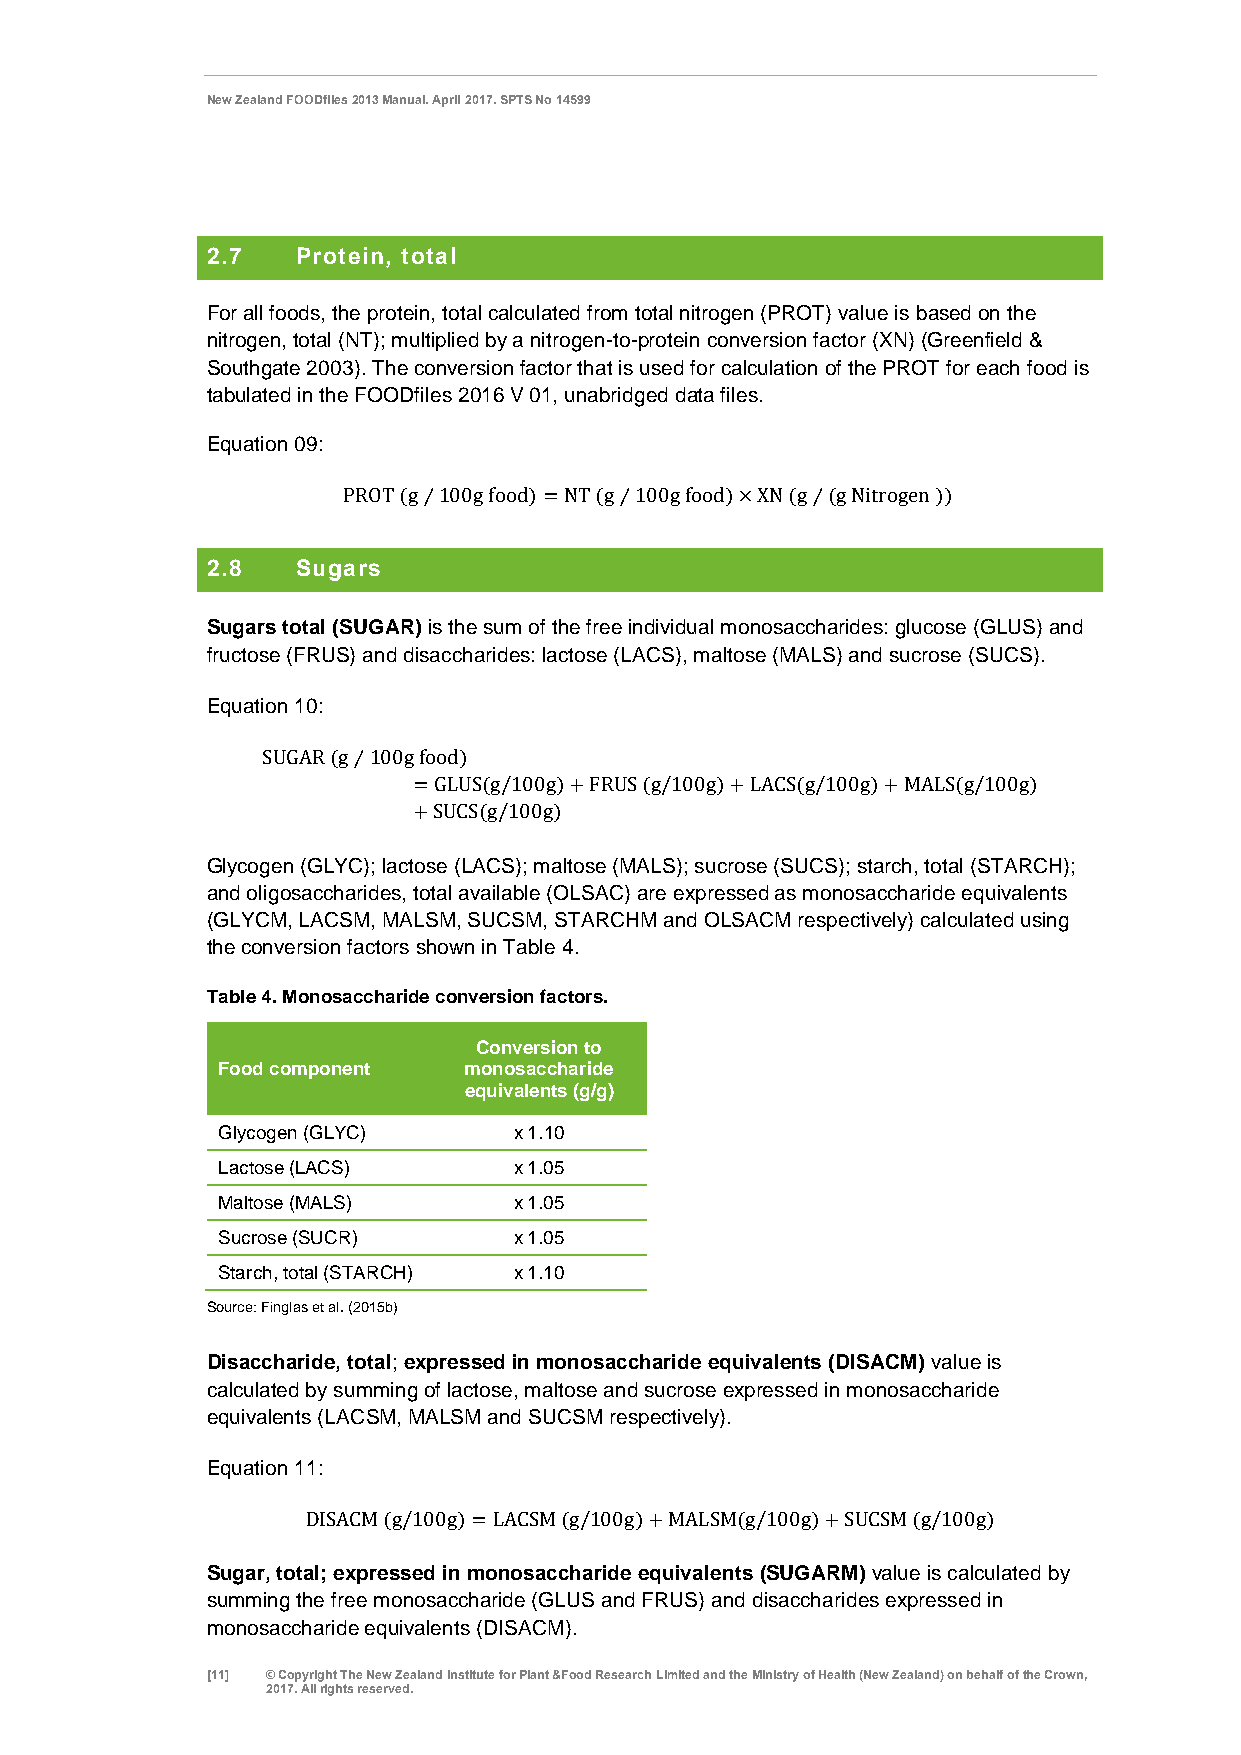
New Zealand FOODfiles 2013 Manual. April 2017. SPTS No 14599
 2.7   Protein, total
 For all foods, the protein, total calculated from total nitrogen (PROT) value is based on the
 nitrogen, total (NT); multiplied by a nitrogen-to-protein conversion factor (XN) (Greenfield &
 Southgate 2003). The conversion factor that is used for calculation of the PROT for each food is
 tabulated in the FOODfiles 2016 V 01, unabridged data files.
 Equation 09:
 PROT (g⁄100g food)=NT (g⁄100g food)×XN (g⁄(g Nitrogen ))
 2.8   Sugars
 Sugars total (SUGAR) is the sum of the free individual monosaccharides: glucose (GLUS) and
 fructose (FRUS) and disaccharides: lactose (LACS), maltose (MALS) and sucrose (SUCS).
 Equation 10:
 SUGAR (g⁄100g food)
 =GLUS(g/100g)+FRUS (g/100g)+LACS(g/100g)+MALS(g/100g)
 +SUCS(g/100g)
 Glycogen (GLYC); lactose (LACS); maltose (MALS); sucrose (SUCS); starch, total (STARCH);
 and oligosaccharides, total available (OLSAC) are expressed as monosaccharide equivalents
 (GLYCM, LACSM, MALSM, SUCSM, STARCHM and OLSACM respectively) calculated using
 the conversion factors shown in Table 4.
 Table 4. Monosaccharide conversion factors.
 Conversion to
 Food component   monosaccharide
 equivalents (g/g)
 Glycogen (GLYC)     x 1.10
 Lactose (LACS)      x 1.05
 Maltose (MALS)      x 1.05
 Sucrose (SUCR)      x 1.05
 Starch, total (STARCH) x 1.10
 Source: Finglas et al. (2015b)
 Disaccharide, total; expressed in monosaccharide equivalents (DISACM) value is
 calculated by summing of lactose, maltose and sucrose expressed in monosaccharide
 equivalents (LACSM, MALSM and SUCSM respectively).
 Equation 11:
 DISACM (g/100g)=LACSM (g/100g)+MALSM(g/100g)+SUCSM (g/100g)
 Sugar, total; expressed in monosaccharide equivalents (SUGARM) value is calculated by
 summing the free monosaccharide (GLUS and FRUS) and disaccharides expressed in
 monosaccharide equivalents (DISACM).
 [11] © Copyright The New Zealand Institute for Plant &Food Research Limited and the Ministry of Health (New Zealand) on behalf of the Crown,
 2017. All rights reserved.